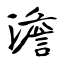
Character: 澹